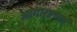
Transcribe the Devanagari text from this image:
आगारातला